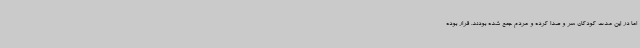
اما در این مدت کودکان سر و صدا کرده و مردم جمع شده بودند. قرار بوده